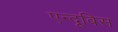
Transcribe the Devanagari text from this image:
एन्दूबिस